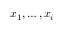
x _ { 1 } , \ldots , x _ { i }